Vaccination in the Punjab 1883-1896 - 1883-1896
Year: 1883
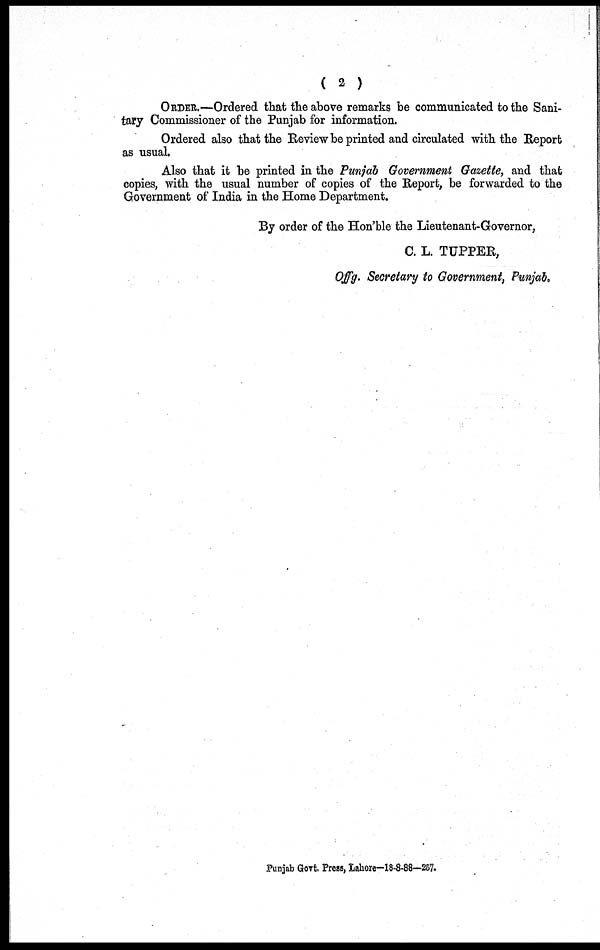
( 2 )
ORDER.—Ordered that the above remarks be communicated to the Sani-
tary Commissioner of the Punjab for information.
Ordered also that the Review be printed and circulated with the Report
as usual.
Also that it be printed in the Punjab Government Gazette, and that
copies, with the usual number of copies of the Report, be forwarded to the
Government of India in the Home Department.
By order of the Hon'ble the Lieutenant-Governor,
C. L. TUPPER,
Offg. Secretary to Government, Punjab.
Punjab Govt. Press, Lahore—18-8-88—257.